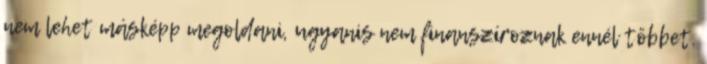
nem lehet másképp megoldani, ugyanis nem finanszíroznak ennél többet.